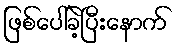
ဖြစ်ပေါ်ခဲ့ပြီးနောက်